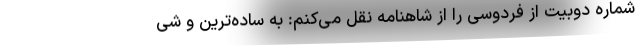
شماره دوبیت از فردوسی را از شاهنامه نقل می‌کنم: به ساده‌ترین و شی